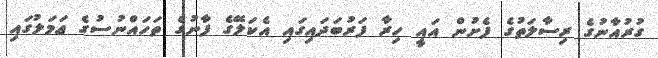
ގުރުއާނުގެ ރިސާލަތުގެ ފެށުން އައީ ހިރާ ފަރުބަދައިގައި އެކަލޭގެ ފާނުގެ ތަހައްނުސުގެ ޢަމަލުގައި